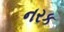
નરક